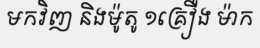
មកវិញ និងម៉ូតូ ១គ្រឿង ម៉ាក